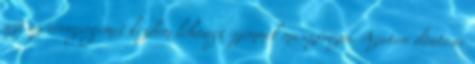
azt az orrnyergemet kezdem lehunyt szemmel masszírozni. Azután döntésre